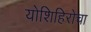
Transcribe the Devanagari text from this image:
योशिहिरोचा